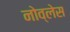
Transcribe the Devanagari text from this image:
नोव्लेस